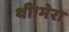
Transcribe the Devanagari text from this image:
थी।मेरा